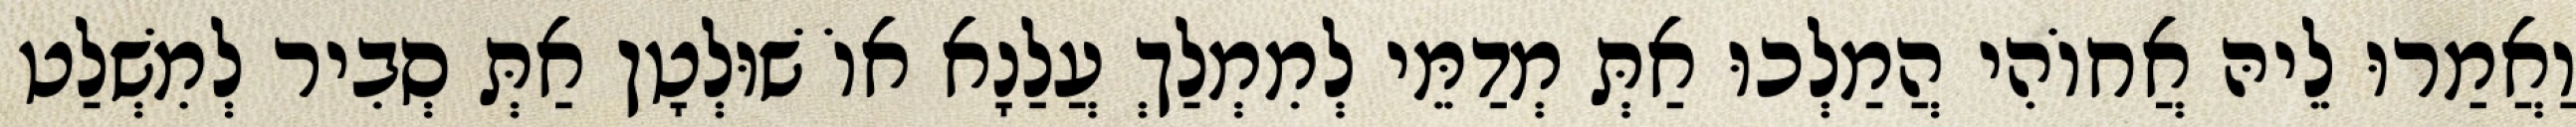
וַאֲמַרוּ לֵיהּ אֲחוֹהִי הֲמַלְכוּ אַתְּ מְדַמֵּי לְמִמְלַךְ עֲלַנָא אוֹ שׁוּלְטָן אַתְּ סְבִיר לְמִשְׁלַט